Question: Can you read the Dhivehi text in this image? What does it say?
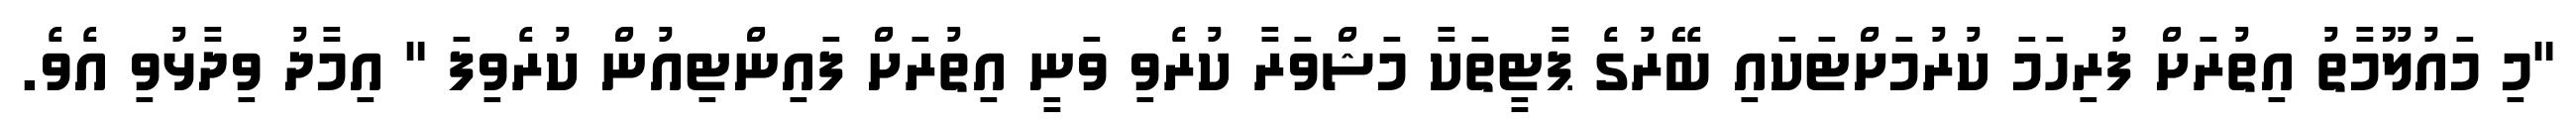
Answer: "މި މައުލޫމާތު އިތުރަށް ފުރިހަމަ ކުރުމަށްޓަކައި ބޭރުގެ ޕާޓީތަކާ މަޝްވަރާ ކުރެވި ވަނީ އިތުރަށް ފައިންޓިއުން ކުރެވިފަ " އިމާދު ވިދާޅުވި އެވެ.